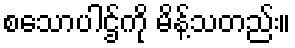
စသောပါဌ်ကို မိန့်သတည်း။